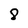
Character: 8